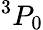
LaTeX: ^{3}P_{0}